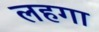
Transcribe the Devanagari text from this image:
लहगा